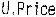
U.PRICE